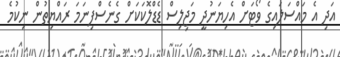
އަދި އެ މައްސަލައިގެ ވޯޓަށް އެހިޔަނުދީ މަޖިލިސް ޑެޑްލޮކަކަށް ގެނެސްފިނަމަ ރައްޔިތުން ނިކުމެ